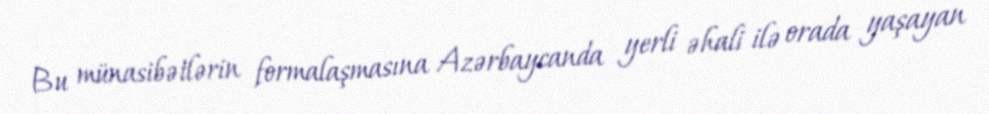
Bu münasibətlərin formalaşmasına Azərbaycanda yerli əhali ilə orada yaşayan